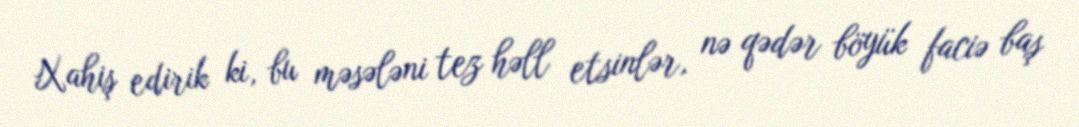
Xahiş edirik ki, bu məsələni tez həll etsinlər, nə qədər böyük faciə baş